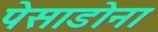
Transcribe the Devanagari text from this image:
पेसाडोना